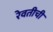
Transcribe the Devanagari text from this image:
रेवतीची